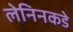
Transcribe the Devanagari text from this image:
लेनिनकडे